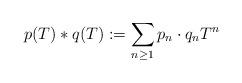
LaTeX: \begin{align*}p(T)\ast q(T):=\sum_{n \geq 1}p_n\cdot q_nT^n\end{align*}